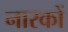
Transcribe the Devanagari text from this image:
नारकों